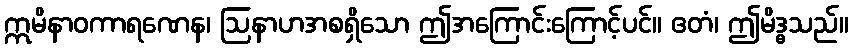
ဣမိနာဝကာရဏေန၊ ဩနာဟအစရှိသော ဤအကြောင်းကြောင့်ပင်။ ဧတံ၊ ဤမိဒ္ဓသည်။